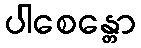
ပါစေန္တော